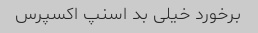
برخورد خیلی بد اسنپ اکسپرس